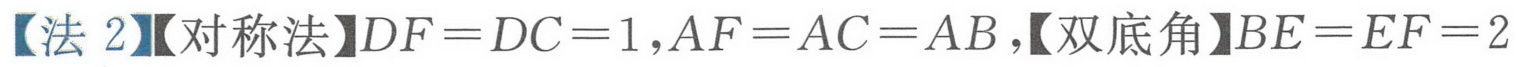
【法 2】【对称法】$DF = DC = 1,AF = AC = AB$,【双底角】$BE = EF = 2$